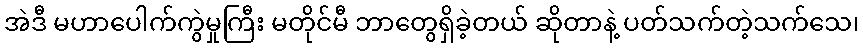
အဲဒီ မဟာပေါက်ကွဲမှုကြီး မတိုင်မီ ဘာတွေရှိခဲ့တယ် ဆိုတာနဲ့ ပတ်သက်တဲ့သက်သေ၊